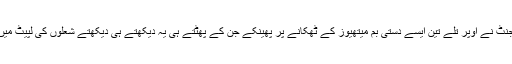
ایک ایجنٹ نے اوپر تلے تین ایسے دستی بم میتھیوز کے ٹھکانے پر پھینکے جن کے پھٹتے ہی یہ دیکھتے ہی دیکھتے شعلوں کی لپیٹ میں آ گیا ۔